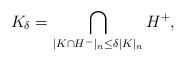
LaTeX: \begin{align*}K_{\delta}= \bigcap\limits_{|K \cap H^{-}|_n\leq \delta |K|_n} H^+ , \end{align*}